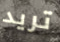
تريد